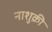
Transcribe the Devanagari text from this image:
नाशुक्री